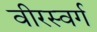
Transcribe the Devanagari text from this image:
वीरस्वर्ग